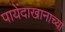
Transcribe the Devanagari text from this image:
पायेंदाखानाच्या